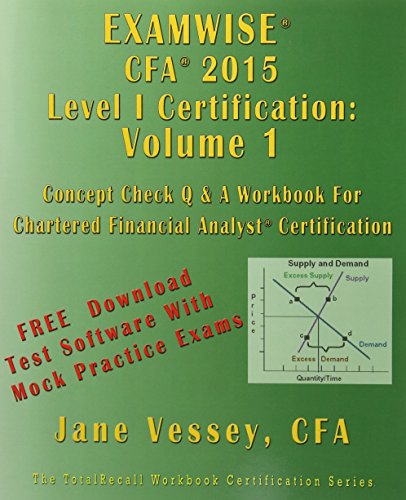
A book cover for ExamWise CFA 2015 Level I Certification Volume 1 The Candidates Question And Answer Workbook (With Practice Exam Software) (Totalrecall: The It Question Book); Jane Vessey; Education & Teaching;